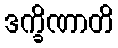
ဒက္ခိဏာတိ